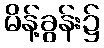
မိန့်ခွန်း၌